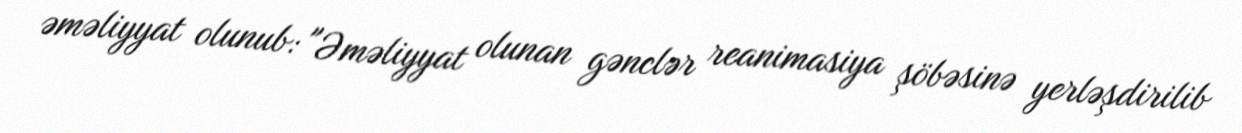
əməliyyat olunub: "Əməliyyat olunan gənclər reanimasiya şöbəsinə yerləşdirilib